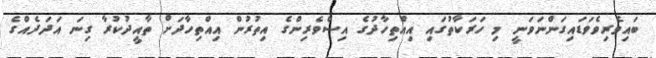
ބައިވެރިވެވަޑައިގަންނަވަނީ މި ހަރަކާތުގައި އިއްތިހާދުގެ އިސްވެރިންގެ އިތުރުން އިއްތިހާދަށް ތާއީދުކުރާ ގިނަ އަދަދެއްގެ